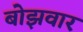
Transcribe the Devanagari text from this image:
बोझवार